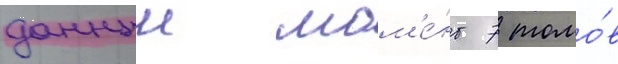
данныи мом'е́нт 7 томо́в